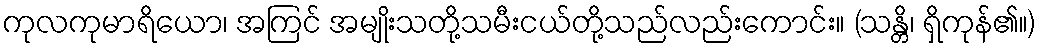
ကုလကုမာရိယော၊ အကြင် အမျိုးသတို့သမီးငယ်တို့သည်လည်းကောင်း။ (သန္တိ၊ ရှိကုန်၏။)